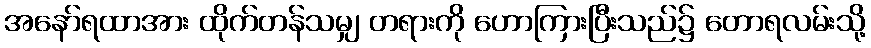
အနော်ရထာအား ထိုက်တန်သမျှ တရားကို ဟောကြားပြီးသည်၌ တောရလမ်းသို့